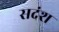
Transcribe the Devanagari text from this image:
सदंश